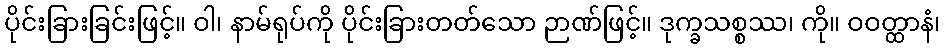
ပိုင်းခြားခြင်းဖြင့်။ ဝါ၊ နာမ်ရုပ်ကို ပိုင်းခြားတတ်သော ဉာဏ်ဖြင့်။ ဒုက္ခသစ္စဿ၊ ကို။ ဝဝတ္ထာနံ၊